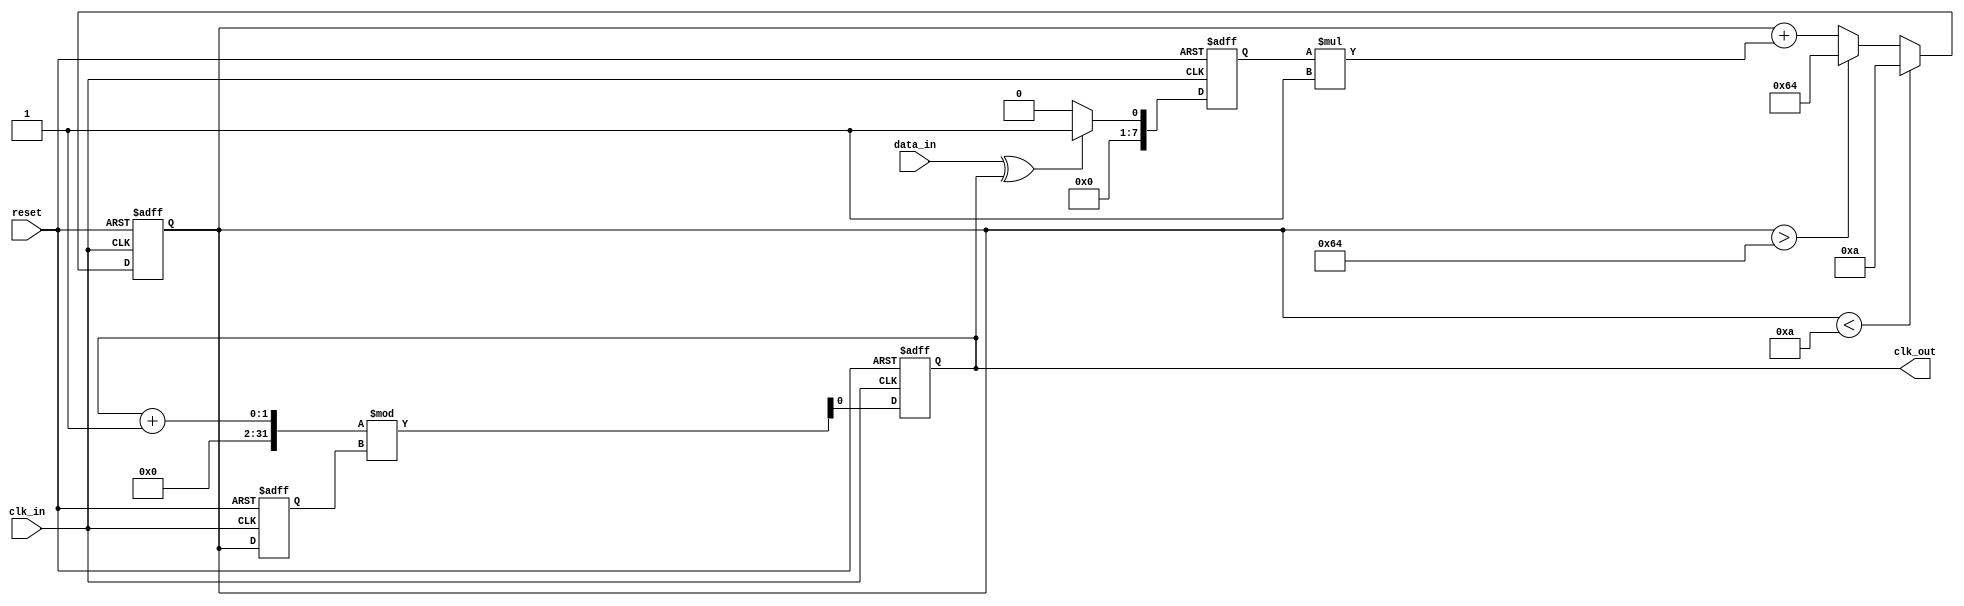
module clock_recovery_pll (
    input wire clk_in,          // Incoming data clock
    input wire data_in,         // Incoming data signal
    input wire reset,           // Asynchronous reset
    output reg clk_out          // Output clock signal
);

    // Parameters
    parameter integer VCO_MAX_FREQ = 100; // Max frequency for VCO
    parameter integer VCO_MIN_FREQ = 10;   // Min frequency for VCO
    parameter integer LOOP_FILTER_GAIN = 1; // Gain for loop filter

    // Internal signals
    reg [7:0] phase_error;       // Phase error signal
    reg [7:0] control_voltage;    // Control voltage for VCO
    reg [7:0] vco_freq;           // Current frequency of VCO
    reg [7:0] memory_block [0:15]; // Memory blocks for timing information
    integer i;

    // Phase Detector (PD)
    always @(posedge clk_in or posedge reset) begin
        if (reset) begin
            phase_error <= 0;
        end else begin
            // Simple phase detection using XOR
            phase_error <= (data_in ^ clk_out) ? 1 : 0;
        end
    end

    // Loop Filter (LF)
    always @(posedge clk_in or posedge reset) begin
        if (reset) begin
            control_voltage <= 0;
        end else begin
            // Simple first-order loop filter
            control_voltage <= control_voltage + (phase_error * LOOP_FILTER_GAIN);
            // Clamp control voltage to VCO range
            if (control_voltage > VCO_MAX_FREQ) control_voltage <= VCO_MAX_FREQ;
            if (control_voltage < VCO_MIN_FREQ) control_voltage <= VCO_MIN_FREQ;
        end
    end

    // Voltage-Controlled Oscillator (VCO)
    always @(posedge clk_in or posedge reset) begin
        if (reset) begin
            vco_freq <= VCO_MIN_FREQ; // Start at minimum frequency
            clk_out <= 0;
        end else begin
            // Adjust VCO frequency based on control voltage
            vco_freq <= control_voltage;
            // Generate output clock based on VCO frequency
            clk_out <= (clk_out + 1) % vco_freq; // Simple clock generation
        end
    end

    // Memory Blocks for timing information
    always @(posedge clk_in or posedge reset) begin
        if (reset) begin
            for (i = 0; i < 16; i = i + 1) begin
                memory_block[i] <= 0; // Initialize memory blocks
            end
        end else begin
            // Store phase information in memory blocks (simple example)
            memory_block[0] <= phase_error; // Store current phase error
            // Shift memory blocks (simple FIFO behavior)
            for (i = 15; i > 0; i = i - 1) begin
                memory_block[i] <= memory_block[i - 1];
            end
        end
    end

endmodule